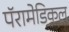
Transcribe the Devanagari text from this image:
पॅरामेडिकल